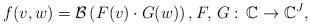
LaTeX: \begin{align*}f(v, w) = \mathcal{B}\left(F(v) \cdot G(w)\right), F, \, G:\, \mathbb{C} \rightarrow \mathbb{C}^J, \end{align*}